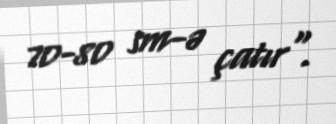
70-80 sm-ə çatır".